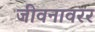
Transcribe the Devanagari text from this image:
जीवनावरर